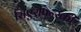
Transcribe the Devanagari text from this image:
सिएरपिन्स्की